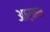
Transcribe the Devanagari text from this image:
आर्कन